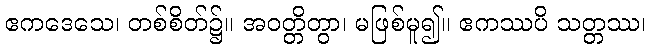
ဧကဒေသေ၊ တစ်စိတ်၌။ အဝတ္တိတွာ၊ မဖြစ်မူ၍။ ဧကဿပိ သတ္တဿ၊